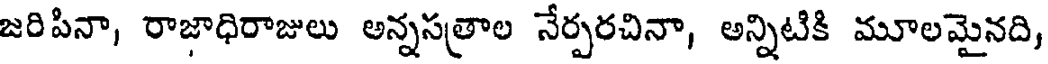
జరిపినా, రాజాధిరాజులు అన్నసత్రాల నేర్పరచినా, అన్నిటికి మూలమైనది,